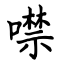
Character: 噤